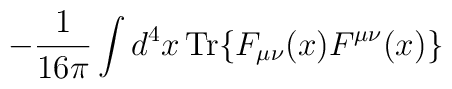
-\frac{1}{16 \pi} \int d^4x\, {\rm Tr}\{ F_{\mu\nu}(x) F^{\mu\nu}(x) \}